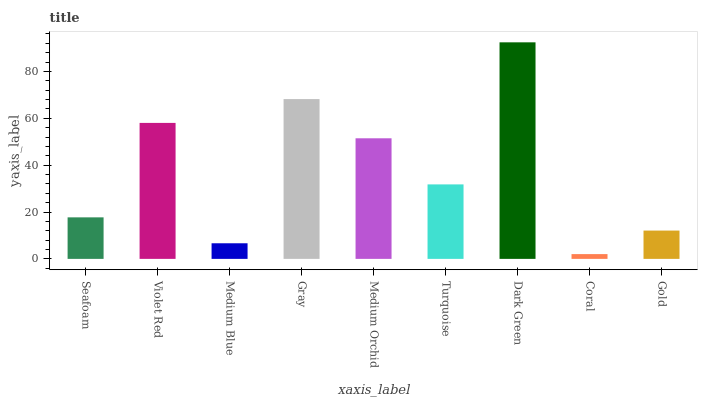
| xaxis_label | bars |
 | --- | --- |
 | Seafoam | 17.7 |
 | Violet Red | 58 |
 | Medium Blue | 6.66 |
 | Gray | 68.2 |
 | Medium Orchid | 51.5 |
 | Turquoise | 31.8 |
 | Dark Green | 92.4 |
 | Coral | 2.04 |
 | Gold | 12.1 |